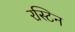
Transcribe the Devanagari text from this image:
रस्टिन